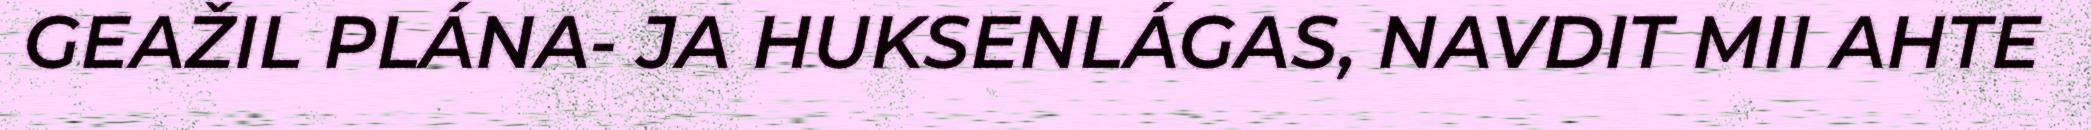
GEAŽIL PLÁNA- JA HUKSENLÁGAS, NAVDIT MII AHTE